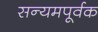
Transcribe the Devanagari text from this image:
सन्यमपूर्वक